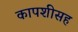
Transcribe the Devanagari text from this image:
कापशीसह